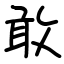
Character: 敢